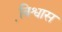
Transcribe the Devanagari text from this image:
वि़श्वास